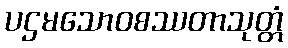
ပဌမသောဝစဿတာသုတ္တံ